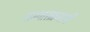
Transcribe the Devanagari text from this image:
अभ्‍यासक्रमाची